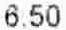
6.50